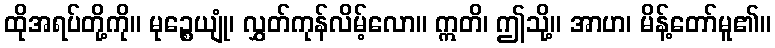
ထိုအရပ်တို့ကို။ မုဉ္စေယျုံ၊ လွှတ်ကုန်လိမ့်လော။ ဣတိ၊ ဤသို့။ အာဟ၊ မိန့်တော်မူ၏။